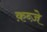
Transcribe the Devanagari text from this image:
क़ब्जे़